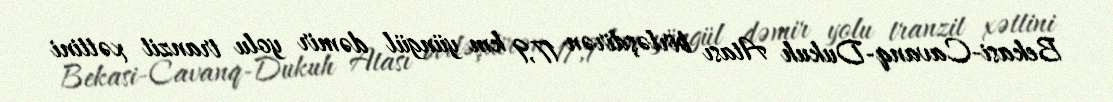
Bekasi-Cavanq-Dukuh Atası birləşdirən 17,9 km yüngül dəmir yolu tranzit xəttini